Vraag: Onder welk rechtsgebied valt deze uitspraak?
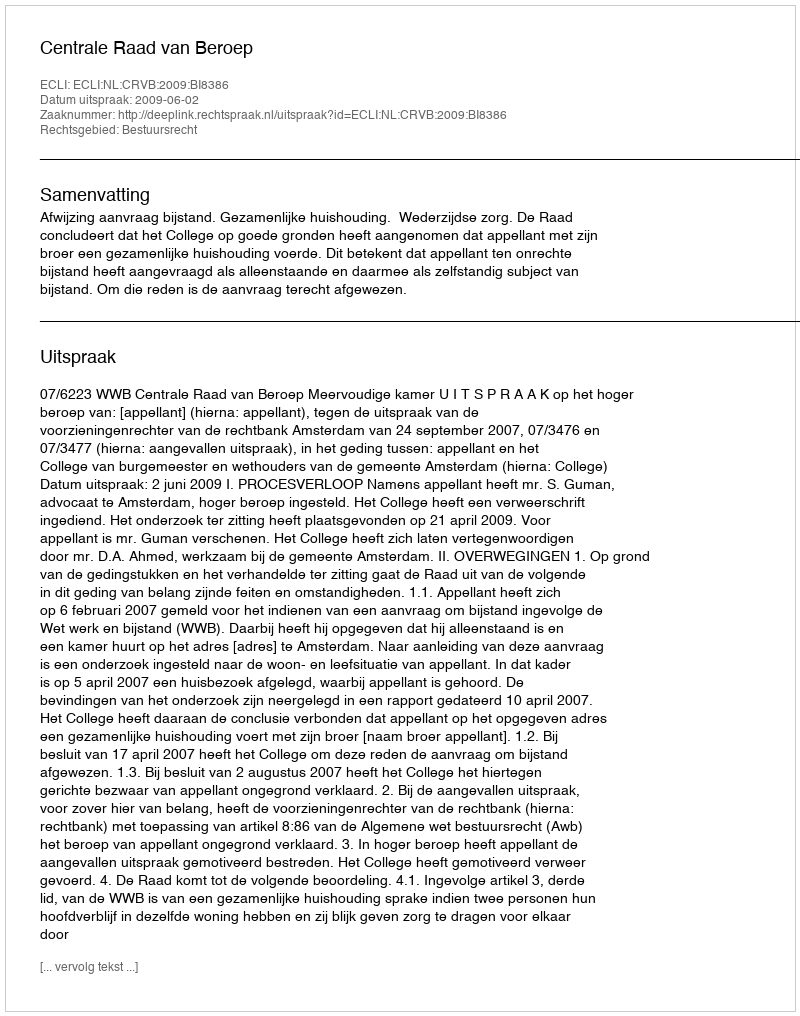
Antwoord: Bestuursrecht